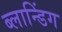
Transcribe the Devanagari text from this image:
ब्लान्डिंग